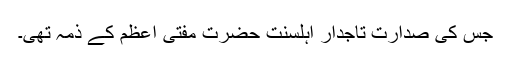
جس کی صدارت تاجدار اہلسنت حضرت مفتی اعظم کے ذمہ تھی۔